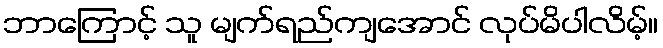
ဘာကြောင့် သူ မျက်ရည်ကျအောင် လုပ်မိပါလိမ့်။